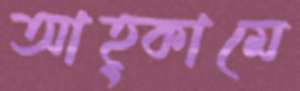
আহ্কামে